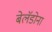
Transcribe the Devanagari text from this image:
बेलॅडोना